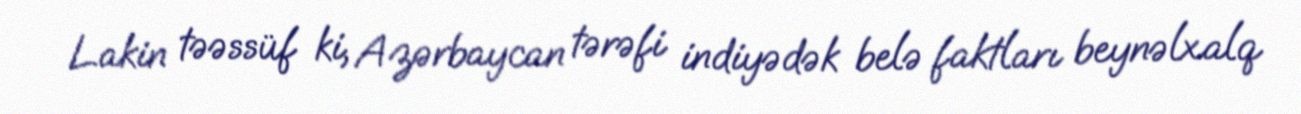
Lakin təəssüf ki, Azərbaycan tərəfi indiyədək belə faktları beynəlxalq